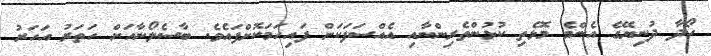
ހޯދާ ދުނިޔޭގެ އެންމެ މޮޅެތި ކުޅުންތެރިންނާއި އެއްސަފަކަށް ފައިހަމަކޮށްފައެވެ. ބާސެލޯނާއަށް ހަތަރު އަހަރު